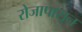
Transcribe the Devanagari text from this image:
रोजापासून